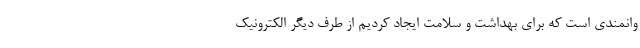
وانمندی است که برای بهداشت و سلامت ایجاد کردیم از طرف دیگر الکترونیک